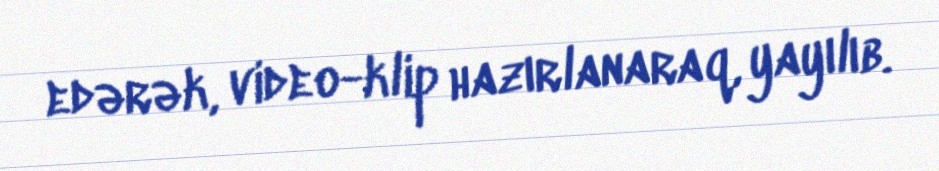
edərək, video-klip hazırlanaraq, yayılıb.